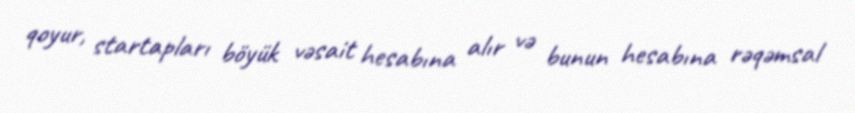
qoyur, startapları böyük vəsait hesabına alır və bunun hesabına rəqəmsal